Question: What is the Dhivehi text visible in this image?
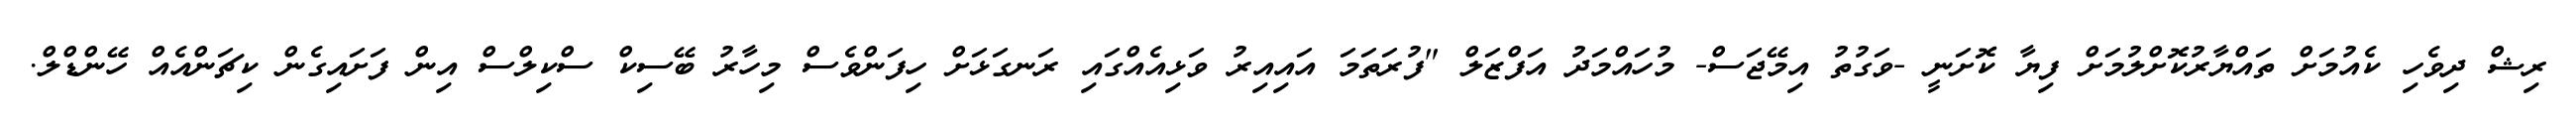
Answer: ރިޝް ދިވެހި ކެއުމަށް ތައްޔާރުކޮށްލުމަށް ފިޔާ ކޮށަނީ -ވަގުތު އިމޭޖަސް- މުހައްމަދު އަފްޒަލް "ފުރަތަމަ އައިއިރު ވަޅިއެއްގައި ރަނގަޅަށް ހިފަންވެސް މިހާރު ބޭސިކް ސްކިލްސް އިން ފަށައިގެން ކިޗަންއެއް ހޭންޑްލް.